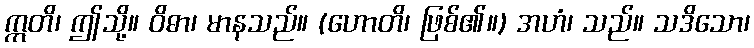
ဣတိ၊ ဤသို့။ ဝိဓာ၊ မာနသည်။ (ဟောတိ၊ ဖြစ်၏။) အဟံ၊ သည်။ သဒိသော၊